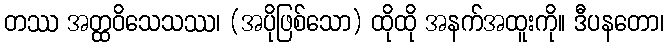
တဿ အတ္ထဝိသေသဿ၊ (အပိုဖြစ်သော) ထိုထို အနက်အထူးကို။ ဒီပနတော၊